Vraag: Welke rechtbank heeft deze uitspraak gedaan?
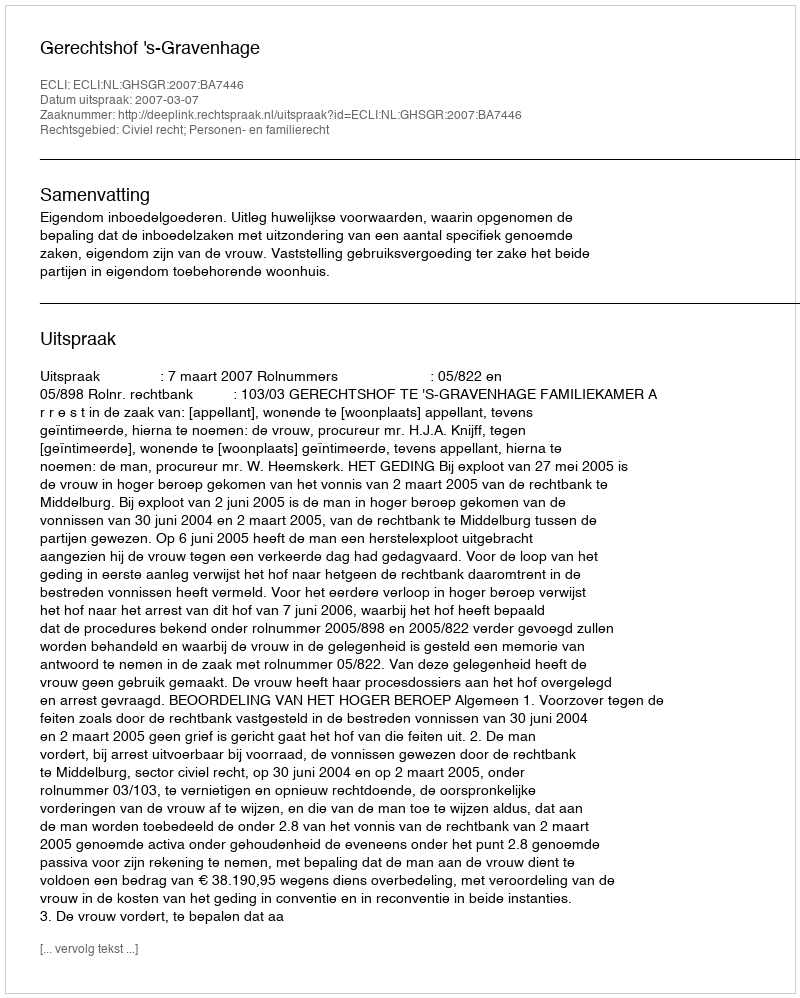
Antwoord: Gerechtshof 's-Gravenhage